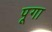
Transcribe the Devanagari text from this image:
पूगा